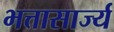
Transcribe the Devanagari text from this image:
भत्तासार्ज्य